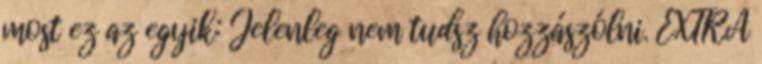
most ez az egyik: Jelenleg nem tudsz hozzászólni. EXTRA